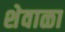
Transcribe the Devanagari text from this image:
शेवाळा